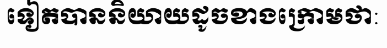
ទៀតបាននិយាយដូចខាងក្រោមថា: